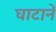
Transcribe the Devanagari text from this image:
घाटानें